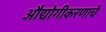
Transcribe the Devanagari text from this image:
औद्योगीकरणाचे